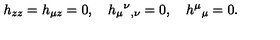
h _ { z z } = h _ { \mu z } = 0 , \quad h _ { \mu } { } ^ { \nu } { } _ { , \nu } = 0 , \quad h ^ { \mu } { } _ { \mu } = 0 .